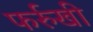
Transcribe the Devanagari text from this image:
फर्रुखी